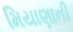
મિયાણાની